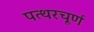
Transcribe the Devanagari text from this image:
पत्थरचूर्ण